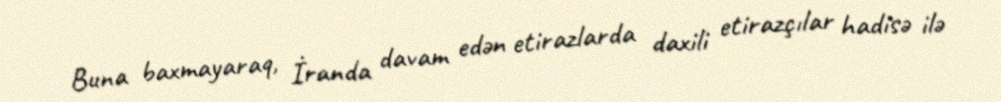
Buna baxmayaraq, İranda davam edən etirazlarda daxili etirazçılar hadisə ilə